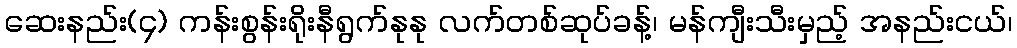
ဆေးနည်း(၄) ကန်းစွန်းရိုးနီရွက်နုနု လက်တစ်ဆုပ်ခန့်၊ မန်ကျီးသီးမှည့် အနည်းငယ်၊